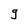
Character: g